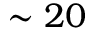
\sim 2 0